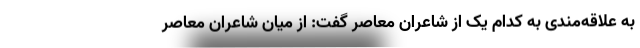
به علاقه‌مندی به کدام یک از شاعران معاصر گفت: از میان شاعران معاصر